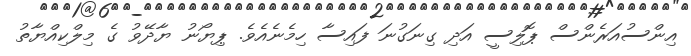
އިންސުއަރެންސް ޕޮލިސީ އަދި ގިނަގުނަ ފައިސާ ހިމެނެއެވެ. ޕިޔޯނު ޔާދޭވު ގެ މިލްކިއްޔާތު